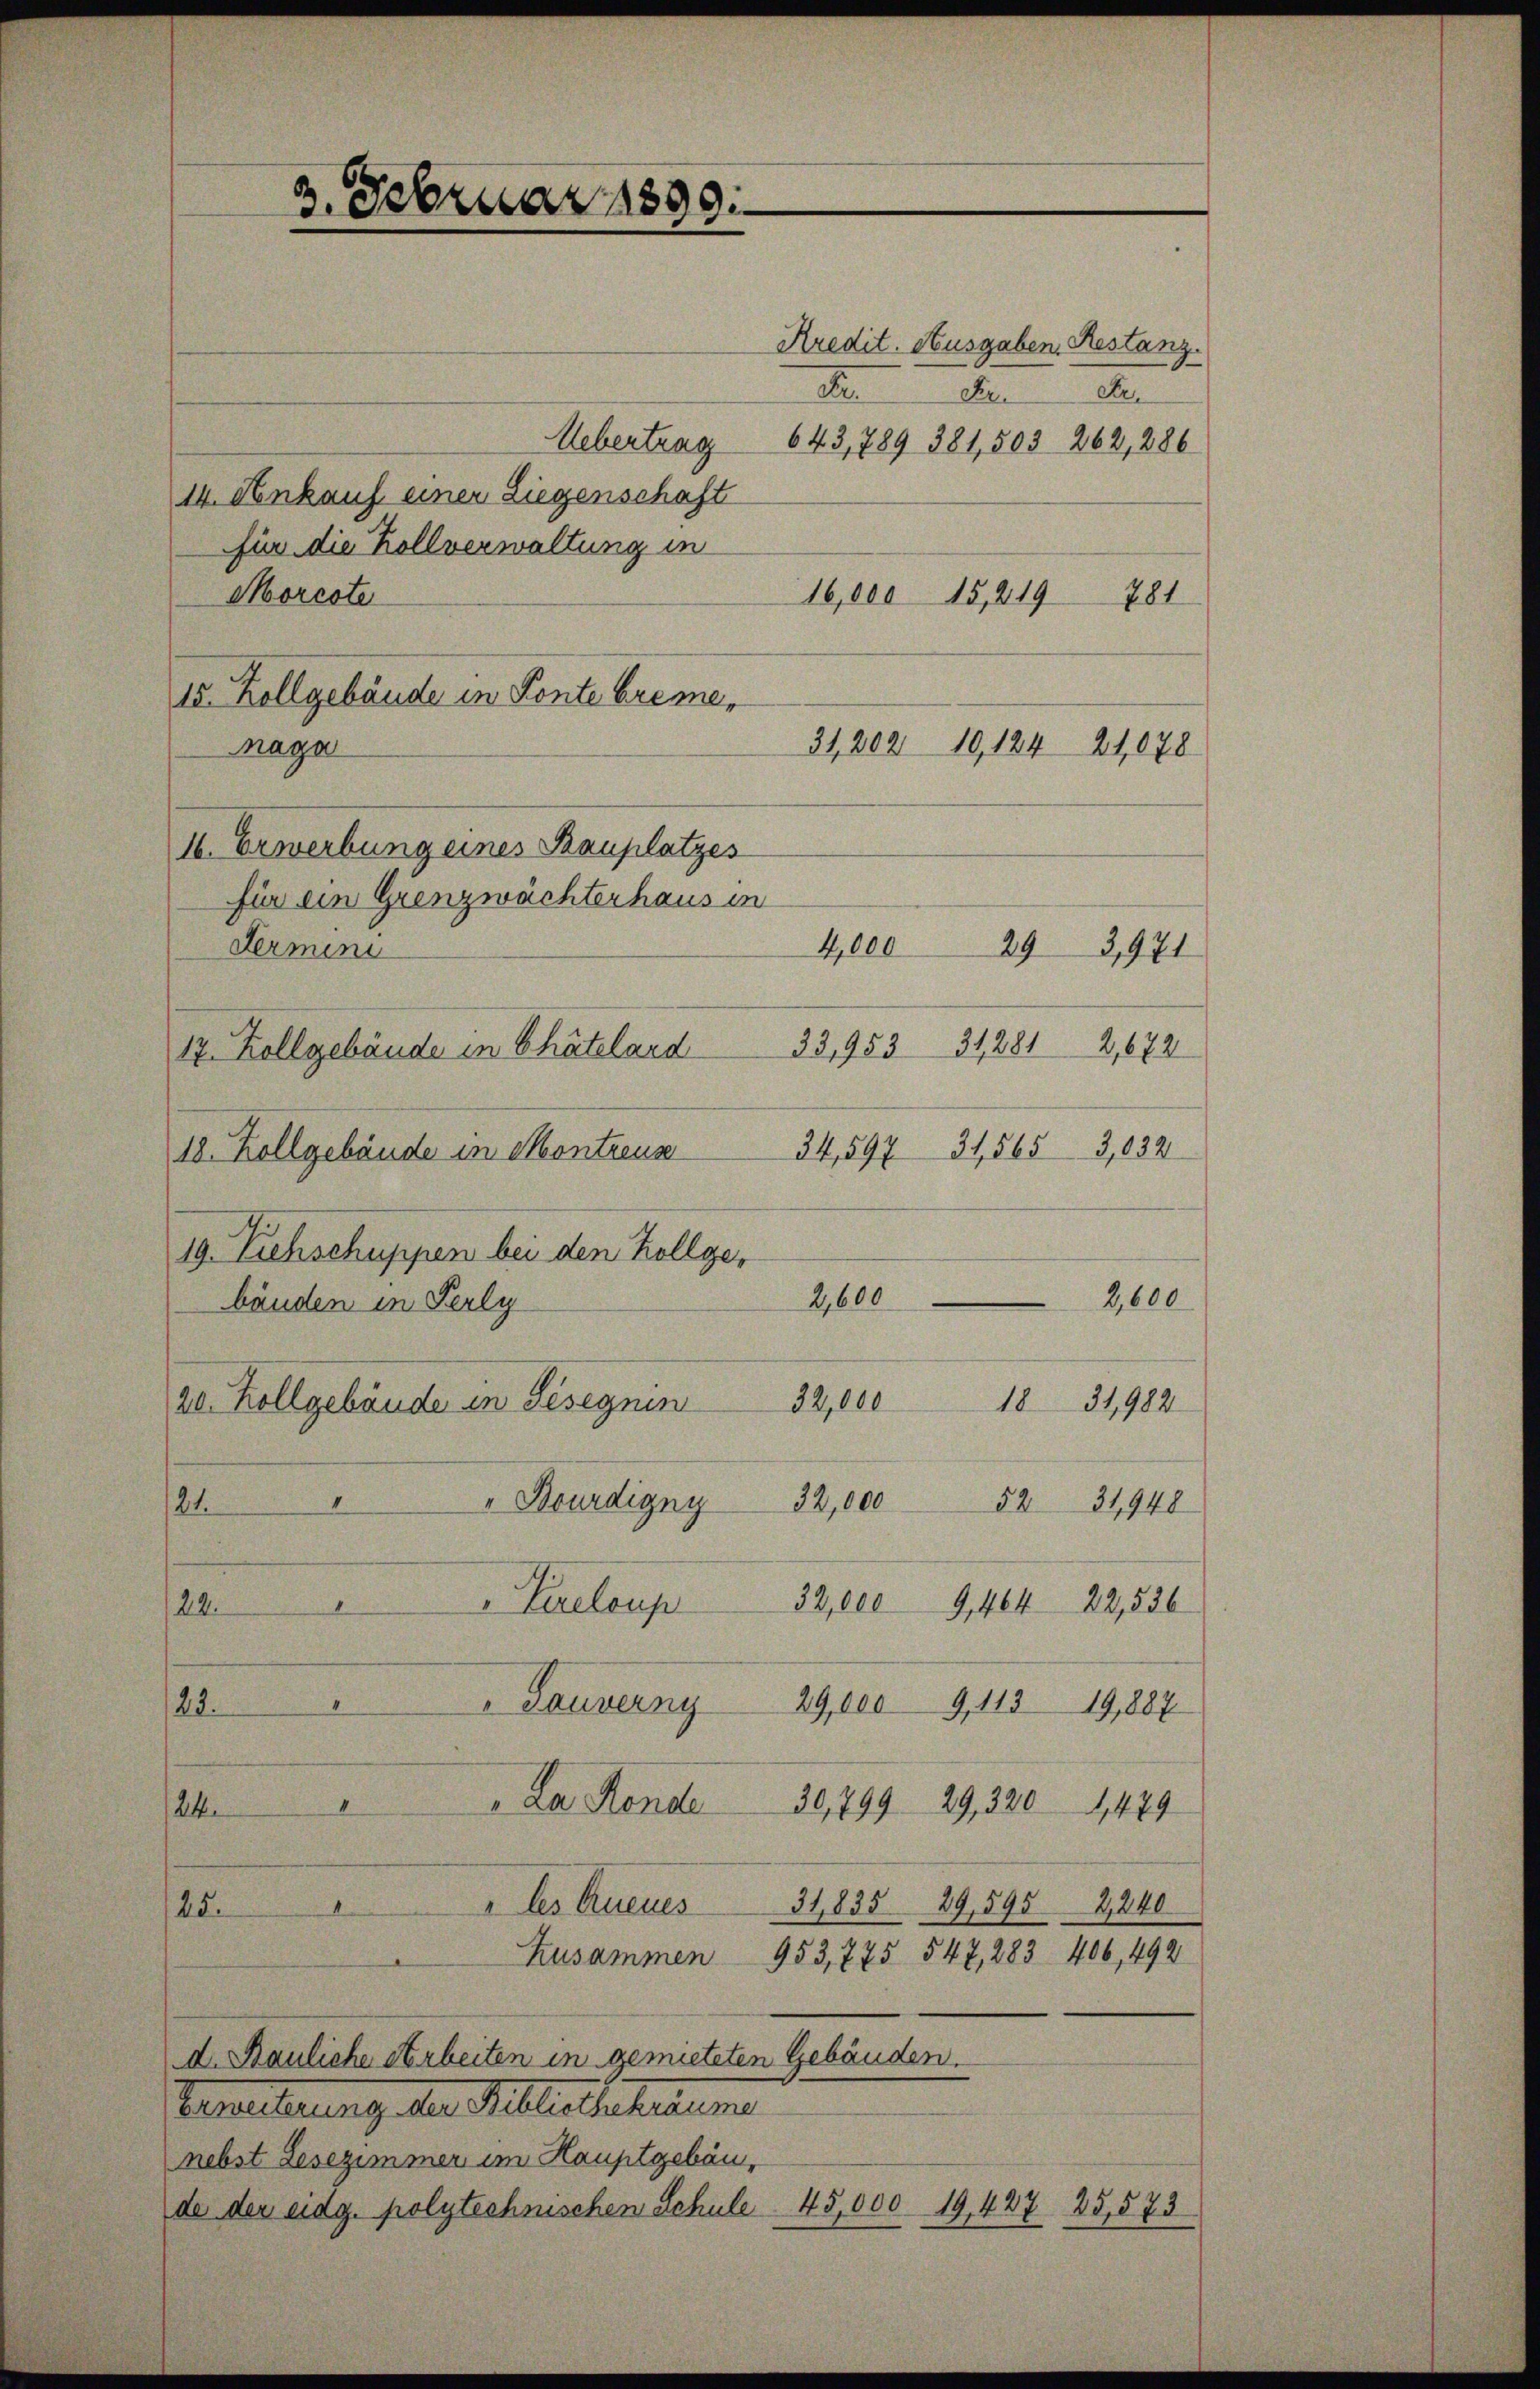
3. Februar 1899

14. Ankauf einer Liegenschaft
für die Zollverwaltung in
Morcote
16,000 15,419 781
15. Zollgebäude in Ponte breme,
Maga
16. Erwerbung eines Bauplatzes
für ein Grenzwächter haus in
Termini
33,953 312812,672
17. Zollgebäude in Chätelard
34,597 31,565 3,032
18. Zollgebäude in Montreus
19. Siehschuppen bei den Kollge-
2,600
2,600
bänden in Perly
32,000 1831982
20. Zollgebäude in Gesegnen
21. " " Bourdigny 32,000 5231,948
" Vreloup 32,000 9,404 22,536
22.
Dauverny 29,000 9, 113 19,887
22.
La Hande 30,799. 29, 320.
4
1,489
24
" les Aneues
31,835 29,5952240
25.
t
Zusammen 953,775 547, 283 406, 492
d. Bauliche Arbeiten in gemieteten Gebäuden.
Venetung der Ablechterum
nebst Gesezimmer im Hauptgebäu
de der eidg. polytechnischen Schule 45,000 19, 427 25,573

Kredit. Ausgaben. Restanz¬
I
etr.
Fr.
Uebertrag 643, 789 381,503 262, 286

31,20210, 12421,078
4,000
293,971